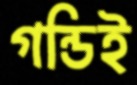
গন্ডিই